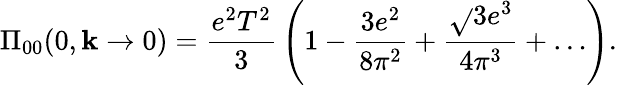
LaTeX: \Pi_{00}(0,\mathbf{k}\to0)={\frac{{e^{2}T^{2}}}{{3}}}\left(1-{\frac{{3e^{2}}}{{8\pi^{2}}}}+{\frac{{\sqrt{}{3}e^{3}}}{{4\pi^{3}}}}+\ldots\right).